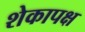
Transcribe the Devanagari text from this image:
शेकापक्ष